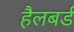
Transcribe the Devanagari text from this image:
हैलबर्ड